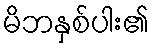
မိဘနှစ်ပါး၏